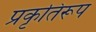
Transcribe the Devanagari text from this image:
प्रकृतिरूप